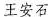
王安石